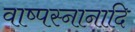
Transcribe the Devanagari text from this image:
वाष्पस्नानादि